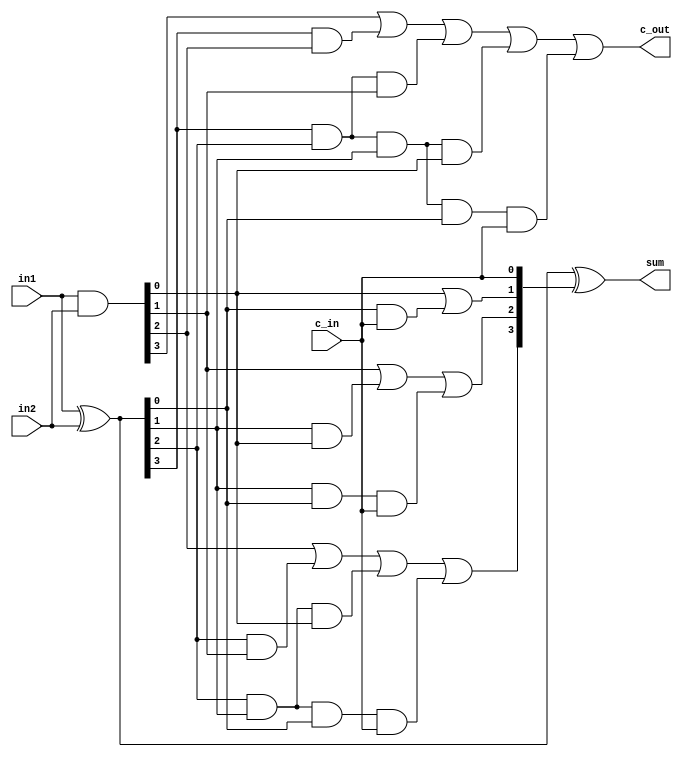
`timescale 1ns / 1ps

//////////////////////////////////////////////////////////////////////////////////
/*
    Assignment Number: 1
    Problem Number: 2 Carry Look-ahead Adder
    Semester Number: 5
    Group Number: 1 
    Group Members: Animesh Jha(19CS10070), Nisarg Upadhyaya (19CS30031)
*/
//////////////////////////////////////////////////////////////////////////////////

module CLA_4bit(
    input [3:0] in1,
    input [3:0] in2,
    input c_in,
    output [3:0] sum,
    output c_out
    );

/*
	Logic:
	
	G[i] = in1[i] & in2[i], 0 <= i <= 3
	P[i] = in1[i] ^ in2[i], 0 <= i <= 3
	
	Take c_in to be carry[0] then
	sum[i] = P[i] ^ carry[i], 0 <= i <= 3
	carry[i] = G[i-1] | (P[i-1] & carry[i-1]), 1 <= i <= 4 
	
	Recursively expanding we get
	carry[1] = G[0] | (P[0] & carry[0]) = G[0] | (P[0] & c_in)
	carry[2] = G[1] | (P[1] & carry[1]) = G[1] | (P[1] & G[0]) | (P[1] & P[0] & c_in)
	carry[3] = G[2] | (P[2] & carry[2]) = G[2] | (P[2] & G[1]) | (P[2] & P[1] & G[0]) | (P[2] & P[1] & P[0] & c_in)
	carry[4] = G[3] | (P[3] & carry[3]) = G[3] | (P[3] & G[2]) | (P[3] & P[2] & G[1]) | (P[3] & P[2] & P[1] & G[0]) | (P[3] & P[2] & P[1] & P[0] & c_in)
*/
	
	wire [3:0] G, P, carry; // wires for bitwise generate, propagate and carries
	
	// calculate bitwise generate and propagate
	assign G = in1 & in2;
	assign P = in1 ^ in2;
	
	// calculate subsequent carries using generates and propagates
	assign carry[0] = c_in;
	assign carry[1] = G[0] | (P[0] & carry[0]);
	assign carry[2] = G[1] | (P[1] & G[0]) | (P[1] & P[0] & carry[0]);
	assign carry[3] = G[2] | (P[2] & G[1]) | (P[2] & P[1] & G[0]) | (P[2] & P[1] & P[0] & carry[0]);
	assign c_out = G[3] | (P[3] & G[2]) | (P[3] & P[2] & G[1]) | (P[3] & P[2] & P[1] & G[0]) | (P[3] & P[2] & P[1] & P[0] & carry[0]);
	
	// calculate final sum using propagate and carries
	assign sum = P ^ carry;

endmodule